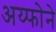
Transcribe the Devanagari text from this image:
अय्फोने